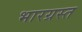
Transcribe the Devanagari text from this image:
भारग्रस्त